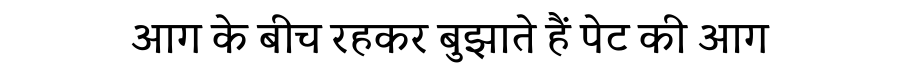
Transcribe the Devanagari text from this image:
आग के बीच रहकर बुझाते हैं पेट की आग